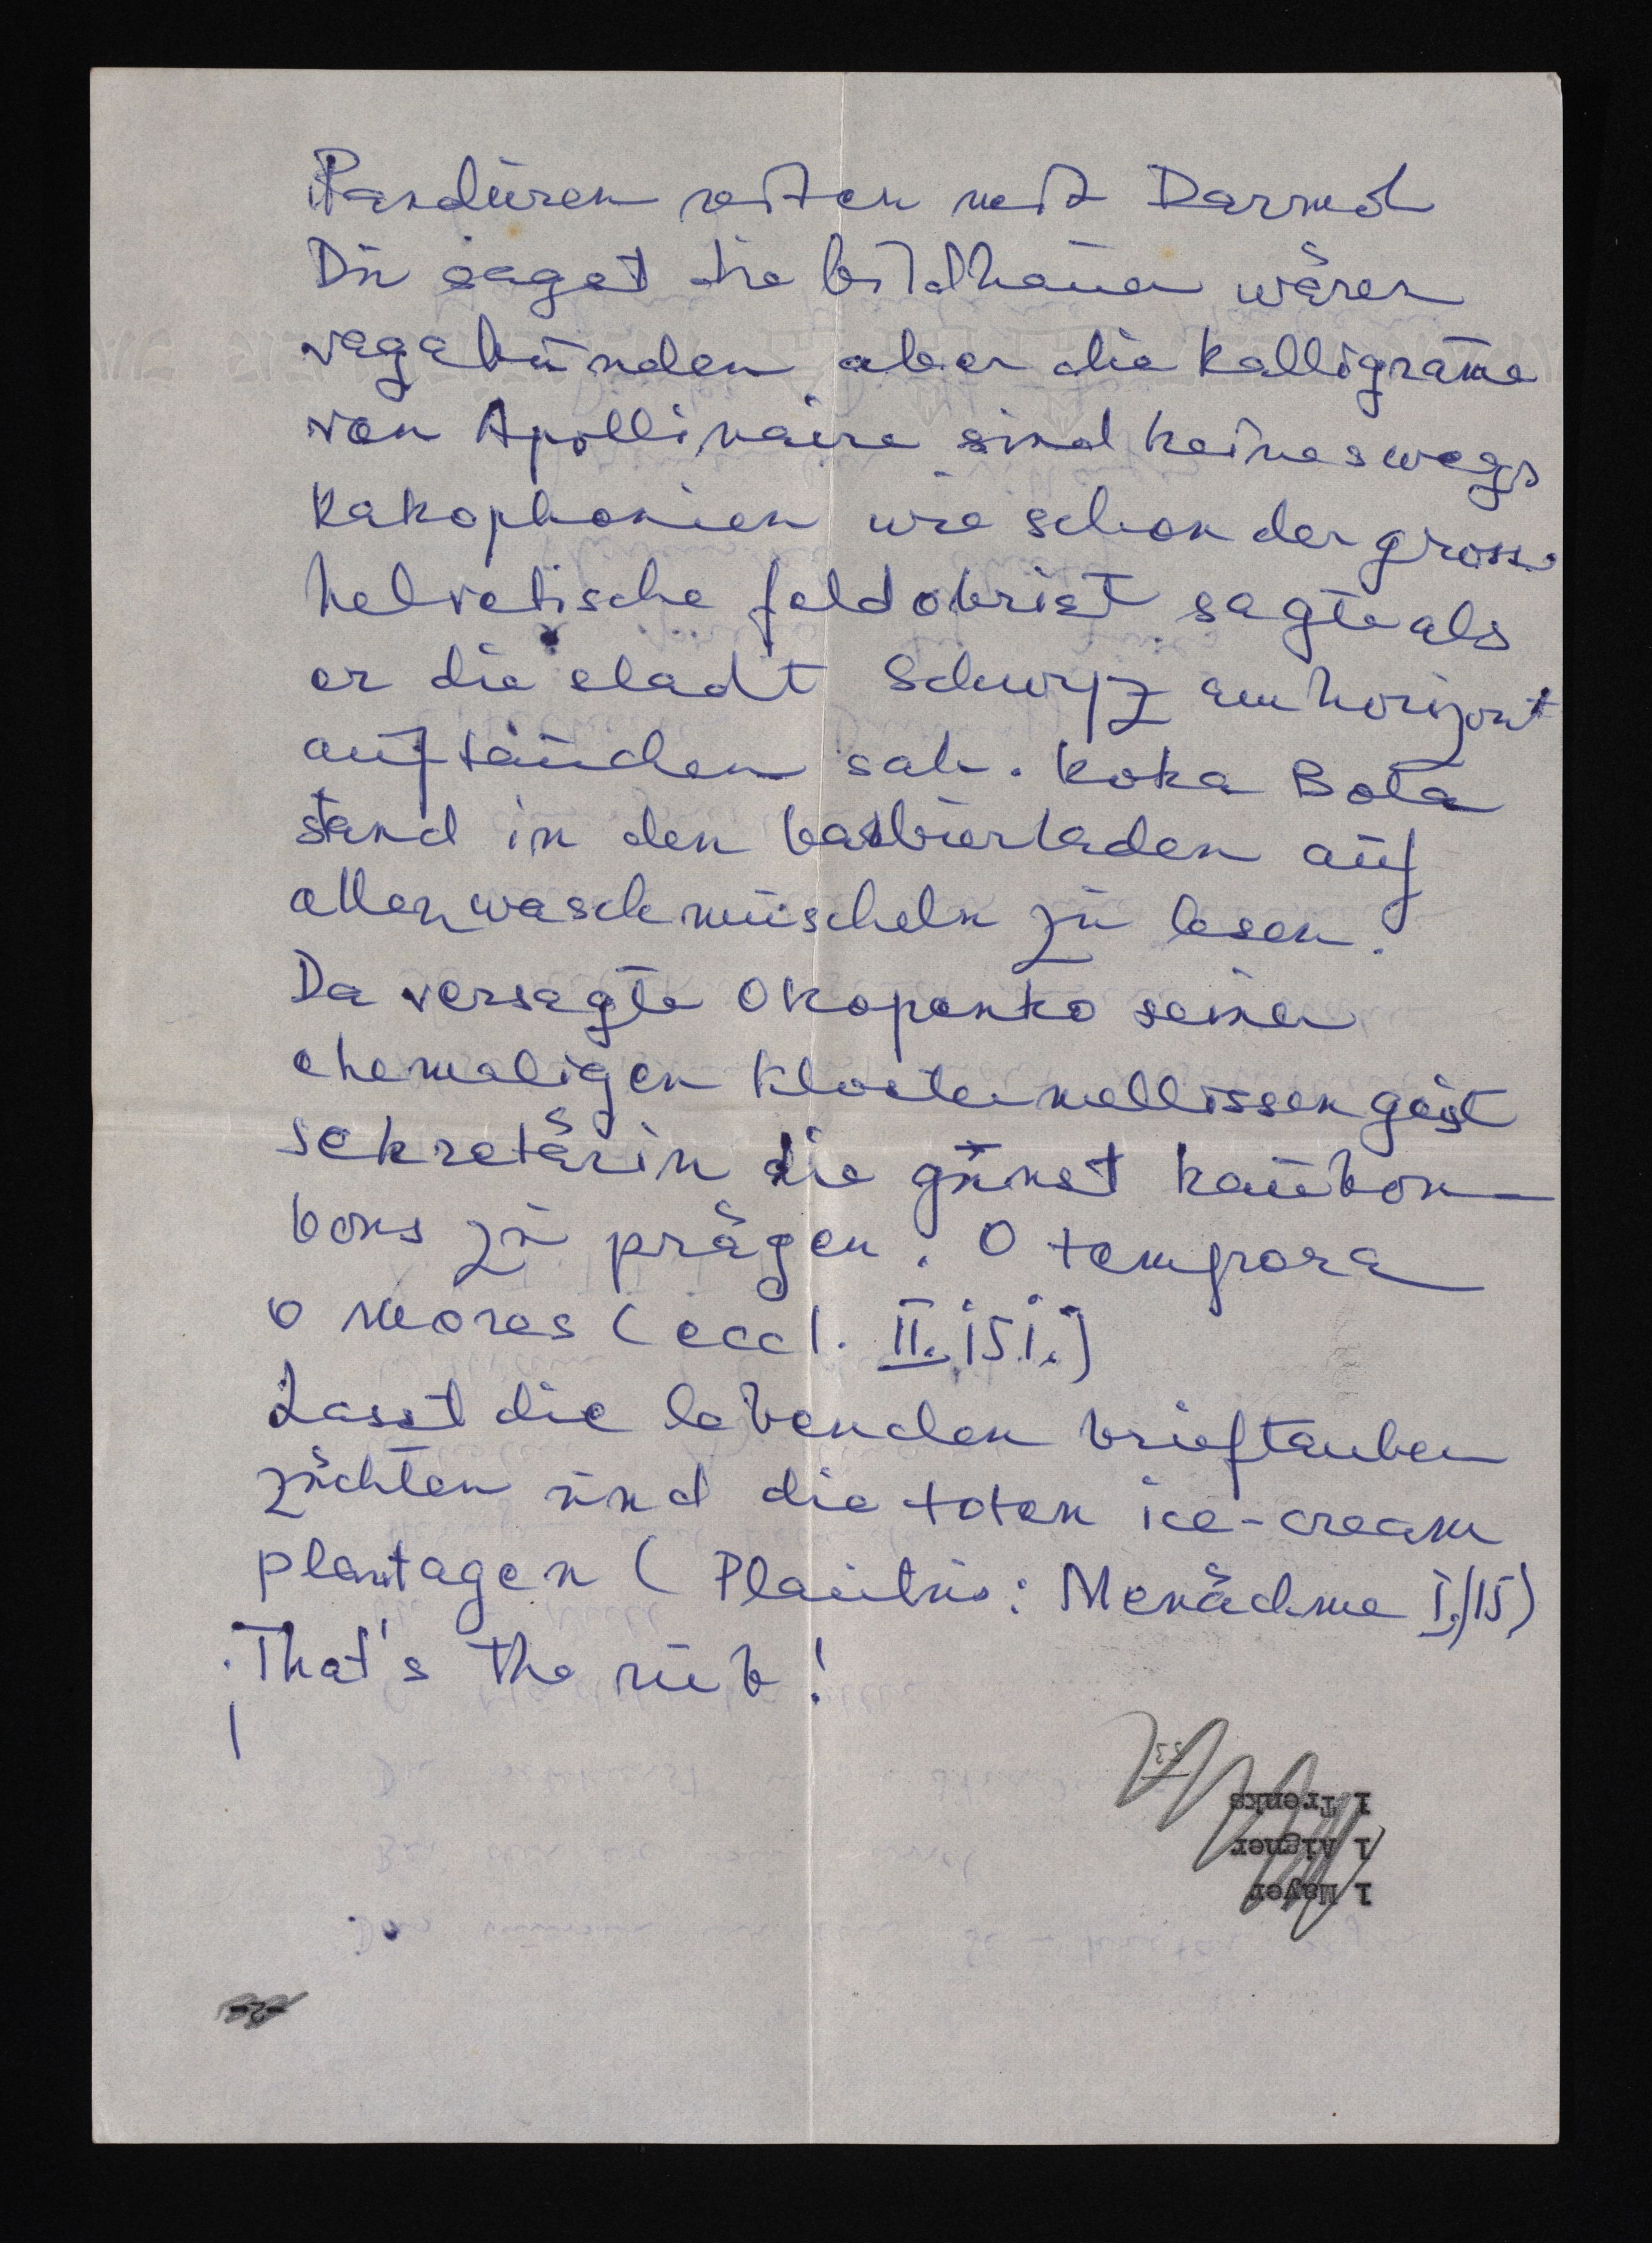
Parduren viten mit Darmol
Du sagst die bildhauer wären
vagabunden aber die kalligramme
von Apollinaire sind keineswegs
kakophonien wie schon der grosse
helvetische feldobrist sagte als
er die stadt Schwyz am horizont
auftauchen sah. koka Bola
stand in den barbierladen auf
allen waschmuscheln zu lesen.
Da versagte Okopenko seiner
ehemaligen klostermelissengeist
sekretärin die güunst kaubon¬
bons zu prägen. O tempora
o mores (eccl. II. ii.)
Lasst die lebenden brieftauben
züchten und die toten ice-cream
plantagen (Plautus: Menächme I./15)
¡That's the rub!

1 Mayer
1 Aigner
1 Trenks
53